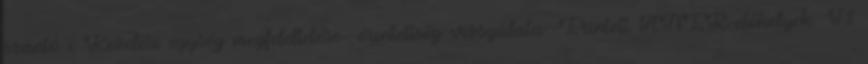
szántó c Kezelési egység megfeleltetése érintettség vizsgálata: Érintett ÁNÉR-élőhelyek: T1